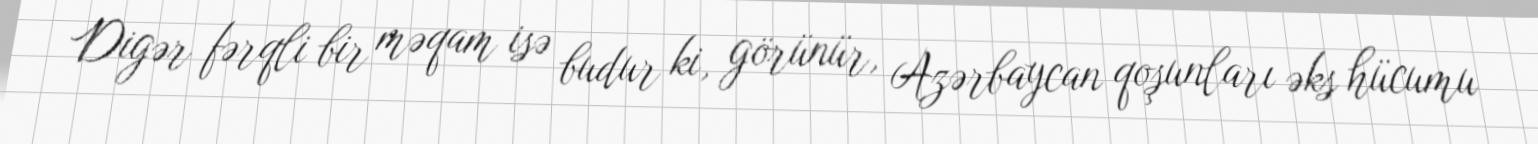
Digər fərqli bir məqam isə budur ki, görünür, Azərbaycan qoşunları əks hücumu